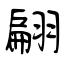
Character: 翩